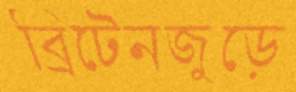
ব্রিটেনজুড়ে